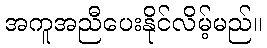
အကူအညီပေးနိုင်လိမ့်မည်။